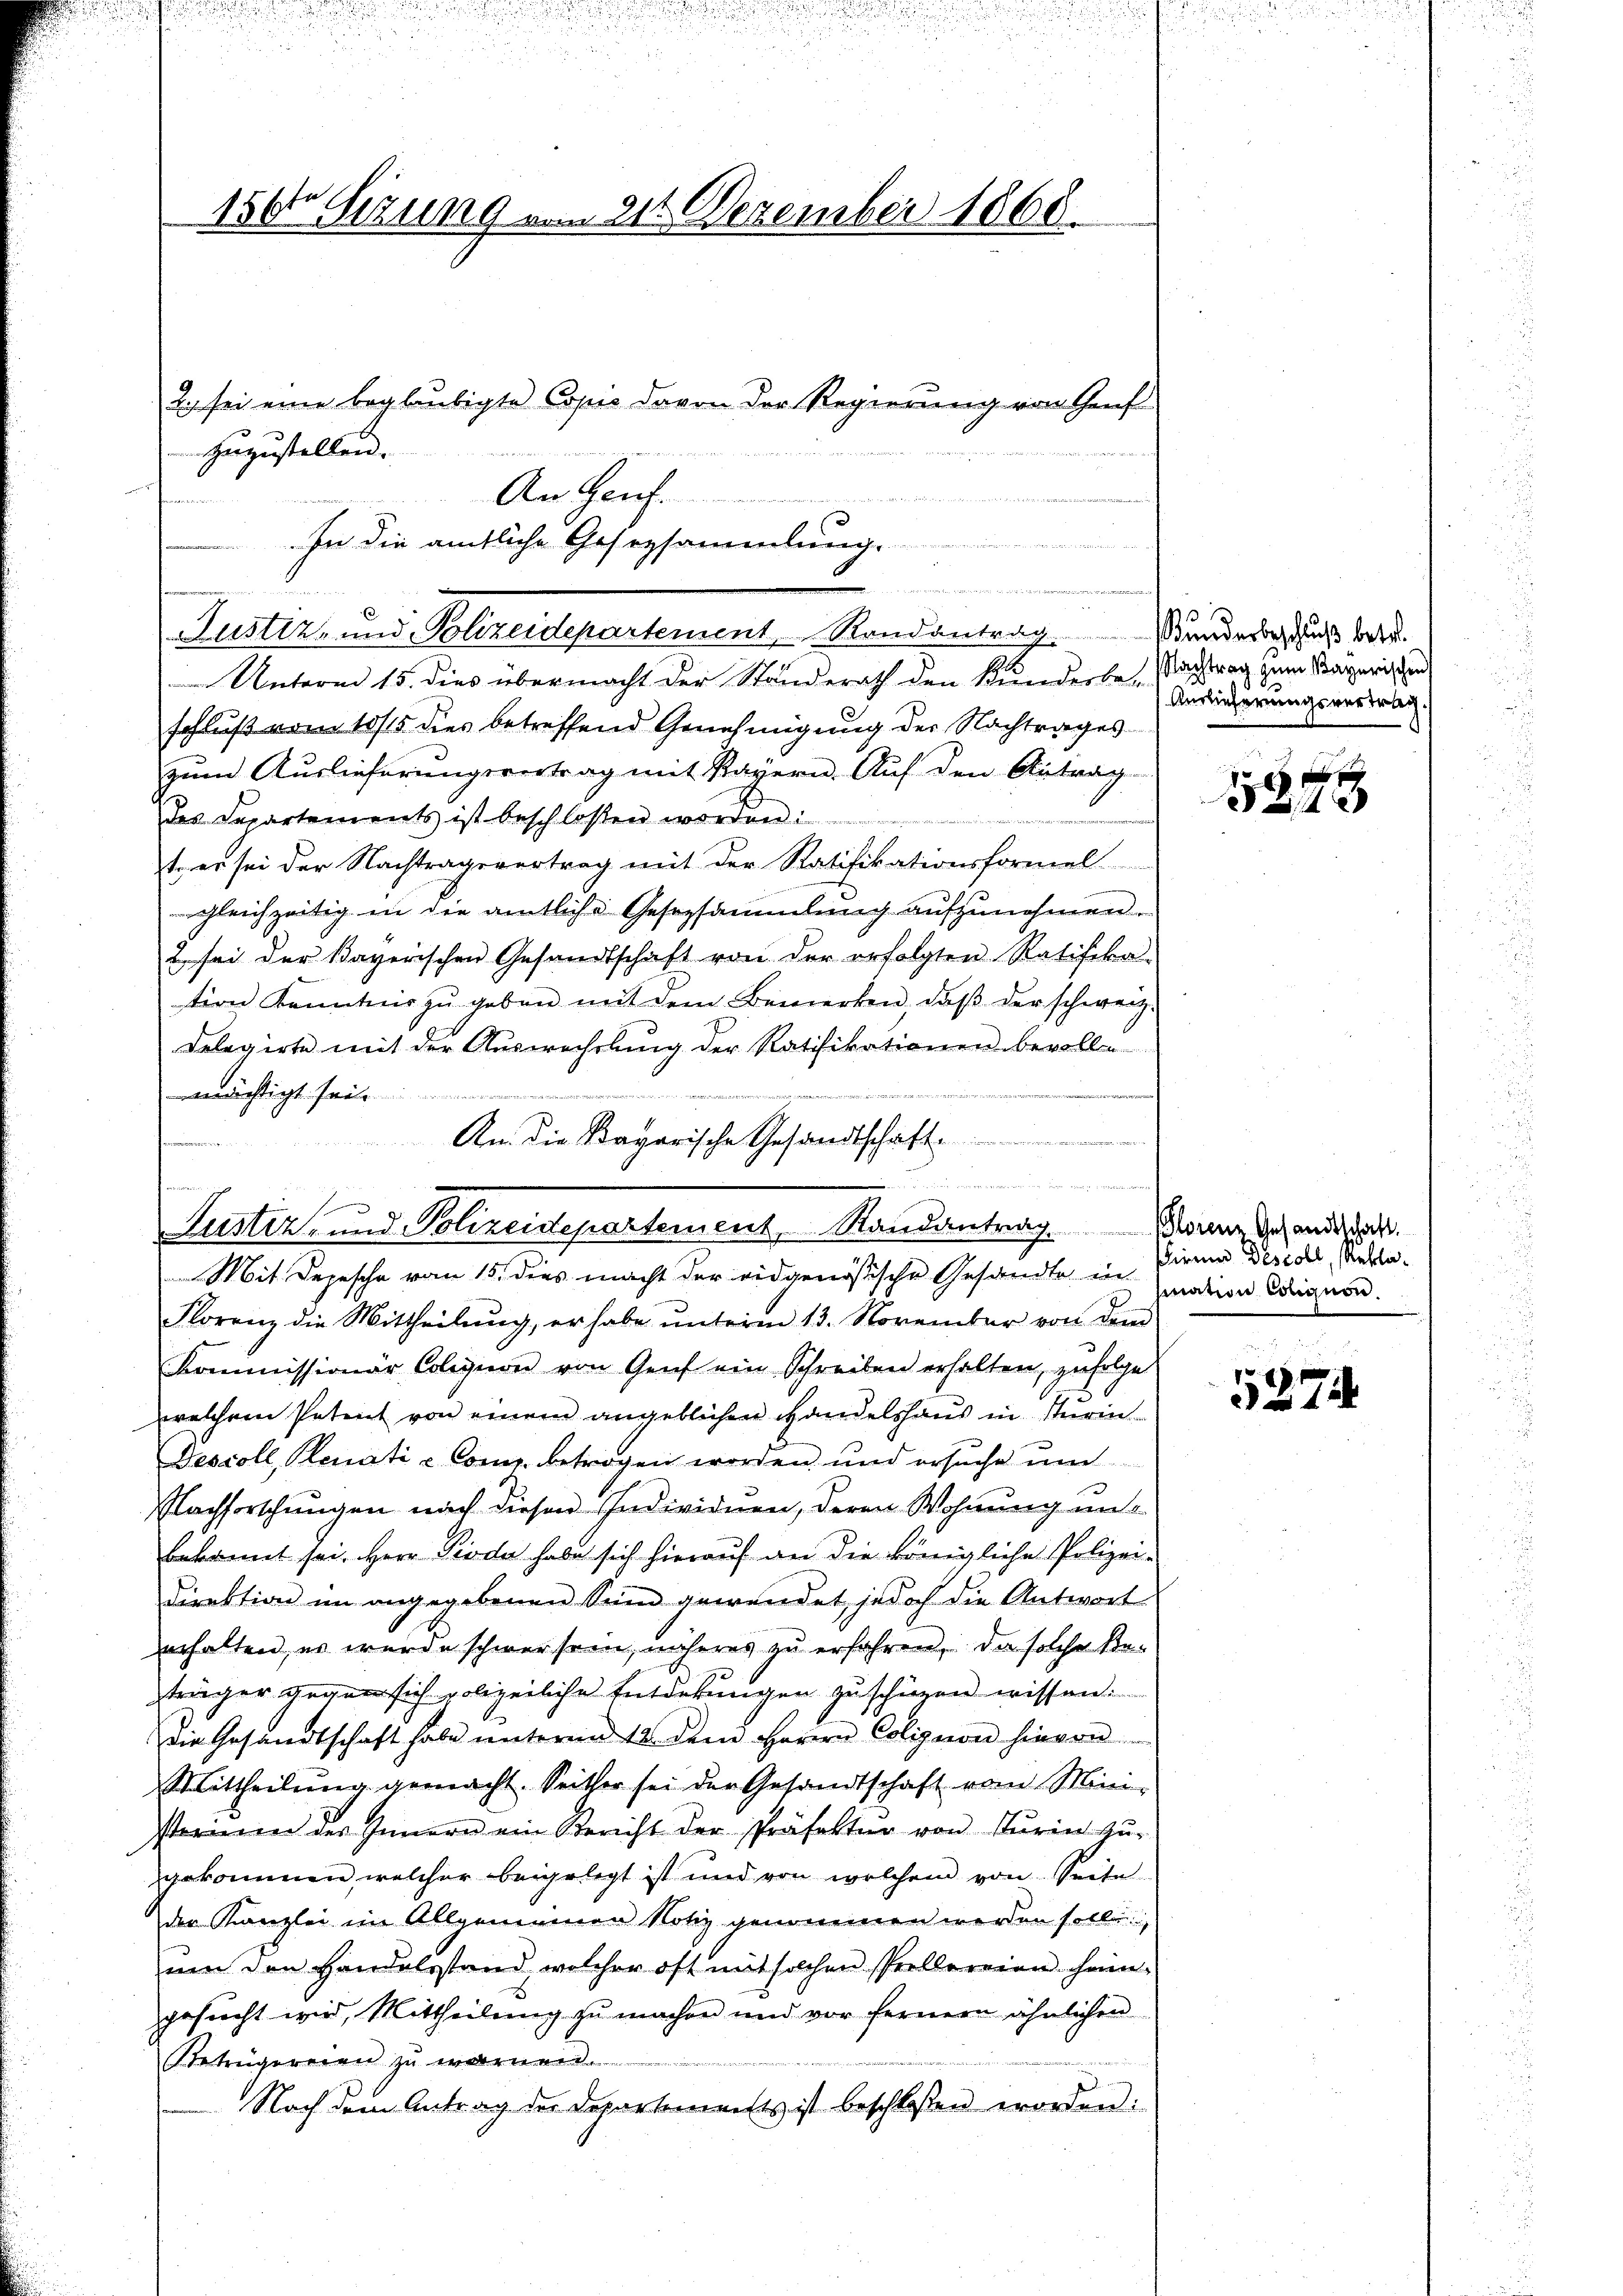
150 Sizung von der Dezember 1868.

2. sei eine beglaubigte Copie davon der Regierung von Gruf
zuzustellen.
i
An Genf.
In die amtliche Gesezsammlung.

n
Justiz- und Polizeidepartement, Randantrag Kinderlich gutes betr.

Unterm 15. dies übermacht der Standerath den Kunderbe. Nachtrag zum Magarischen
schluß vom 10/t dies betreffend Genehmigung der Nachtrages
zum Auslieferungsvertrag mit Kayern. Auf den Antrag
des Departements ist beschlossen worden:
t, er sei der Nachtragsvertrag mit der Ratifikationsformel
gleichzeitig in die amtliche Gesezsammlung aufzunehmen.
2 sei der Kayerischen Gesandtschaft von der erfolgten Ratifika
tion Kenntnis zŭ geben mit dem Bemerken, daβ der schweiz.
delegirte mit der Auswechslung der Ratifikationen bevollen
 eine
erdichtigt seit
An die Kagarische Gesandtschaft
Gemeinderen
Justiz- und Polizeidepartement, Randantrag. Waren Gesandidat
Mit Depesche vom 15. dies macht der eidgenössische Gesandte in
Florenz die Mittheilung, er habe unterm 13. November von dem
Kommissionär Colisiere von Genf ein Schreiben erhalten, zufolge
welchem Petent von einem angeblichen Handelshaus in Turin
Descoll, Plenati - Comp. betragen worden, und ersuche um
Nachforschungen nach diesen Individuen, deren Wohnung unte
bekannt sei. Herr Pioda habe sich hierauf an die königliche Polizei¬
Direktion im angegebenen Sein gewendet, jedoch die Antwort
erhalten, es wurde schwer sein, näheres zu erfahren, da solche Retrüger gegen sich polizeiliche Entdekungen zuschüzen wissen.
Die Gesandtschaft habe unterm 12 dem Herrn Colignon hievon
Mittheilŭng gemacht. Seither sei der Gesandtschaft vom Mini-
serinen des Innern ein Bericht der Präfekter von Turin zŭ-
gekommen, welcher beigelegt ist und von welchem von Seite
der Kanzlei im Allgemeinen Notiz genommen werden soll
ŭm den Handelsstand, welcher oft mit solchen Prellereien heim-
gesŭcht wird, Mittheilŭng zŭ machen und vor fernern ähnlichen
Betrugereien zu wornen.
Nach dem Antrag der Departements ist beschlossen worden:

in die angen des

Auslieferungsvertrag.

f x
59

Firen Descoll, Reklamation Coligion

527